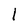
Character: 1